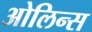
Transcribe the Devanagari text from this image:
ओलिन्स